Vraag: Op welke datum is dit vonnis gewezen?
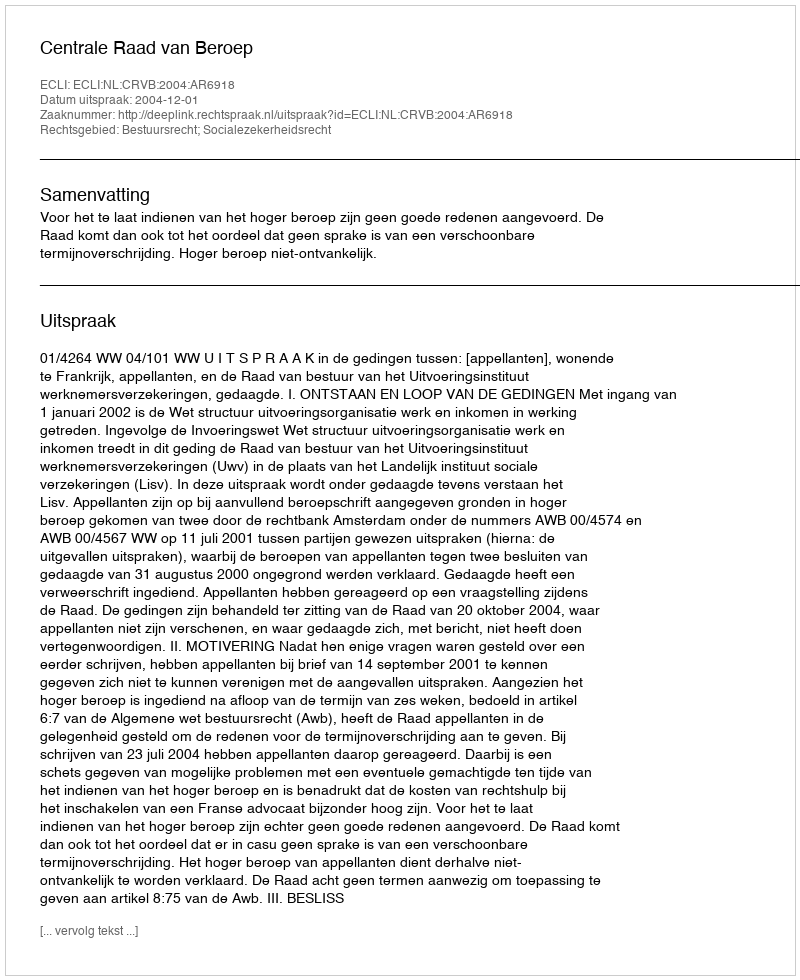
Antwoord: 2004-12-01